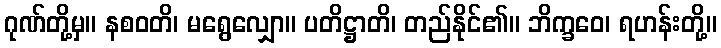
ဂုဏ်တို့မှ။ နစဝတိ၊ မရွေလျှော။ ပတိဋ္ဌာတိ၊ တည်နိုင်၏။ ဘိက္ခဝေ၊ ရဟန်းတို့။